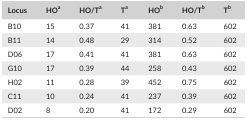
| Locus | HOa | HO/Ta | Ta | HOb | HO/Tb | Tb |
 | --- | --- | --- | --- | --- | --- | --- |
 | B10 | 15 | 0.37 | 41 | 381 | 0.63 | 602 |
 | B11 | 14 | 0.48 | 29 | 314 | 0.52 | 602 |
 | D06 | 17 | 0.41 | 41 | 381 | 0.63 | 602 |
 | G10 | 17 | 0.39 | 44 | 258 | 0.43 | 602 |
 | H02 | 11 | 0.28 | 39 | 452 | 0.75 | 602 |
 | C11 | 10 | 0.24 | 41 | 237 | 0.39 | 602 |
 | D02 | 8 | 0.20 | 41 | 172 | 0.29 | 602 |